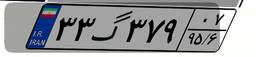
۳۳گ۳۷۹۰۷